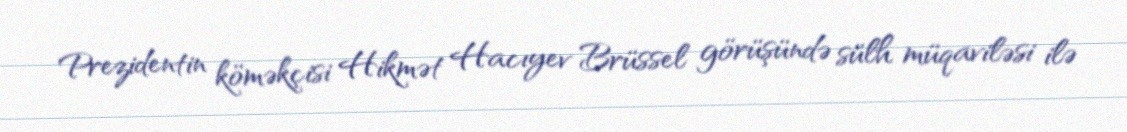
Prezidentin köməkçisi Hikmət Hacıyev Brüssel görüşündə sülh müqaviləsi ilə